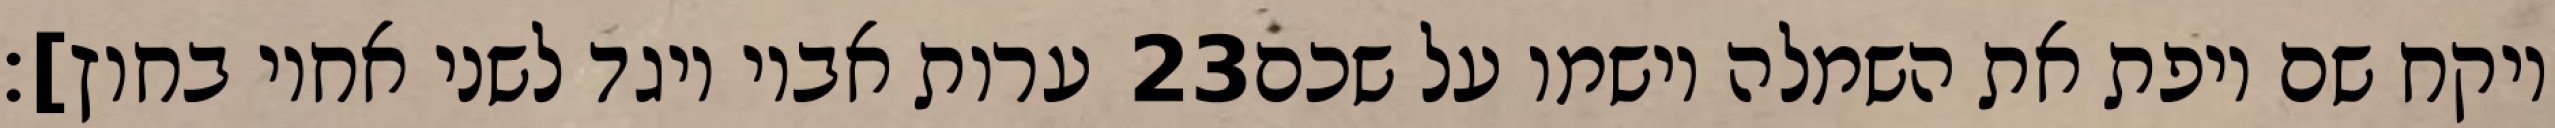
ערות אביו ויגד לשני אחיו בחוץ]׃ ‎23‏ ויקח שם ויפת את השמלה וישמו על שכם